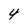
Character: 4